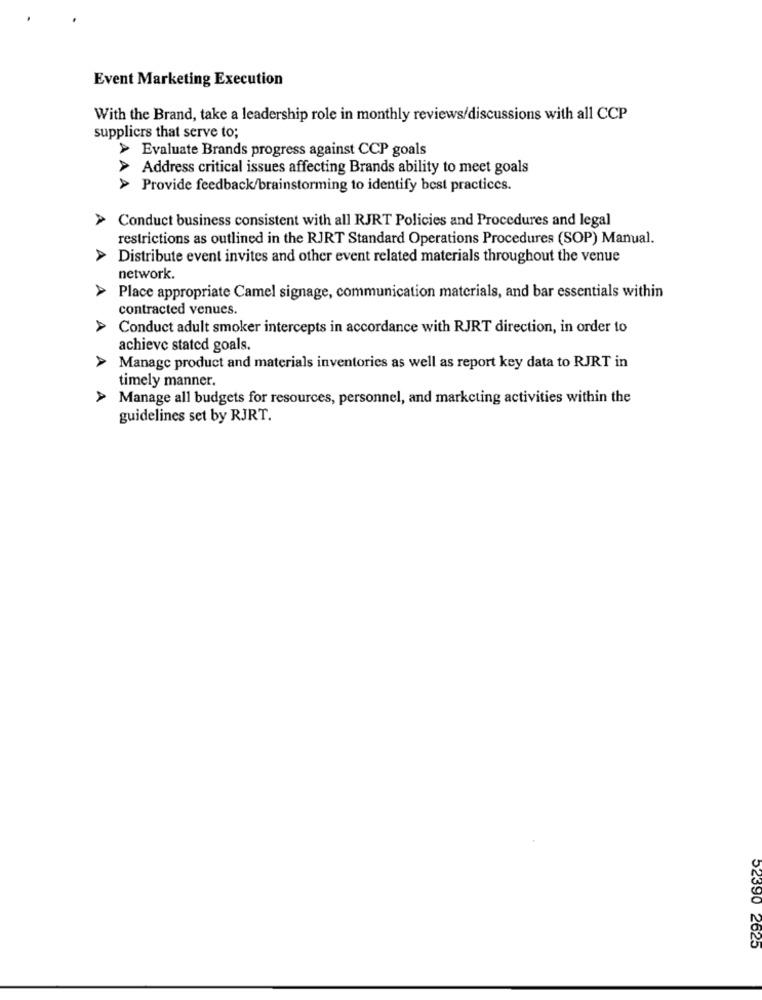
Event Marketing Execution
With the Brand, take a leadership role in monthly reviews/discussions with all CCP
suppliers that serve to;
> Evaluate Brands progress against CCP goals
> Address critical issues affecting Brands ability to meet goals
> Provide feedback/brainstorming to identify best practices.
Conduct business consistent with all RJRT Policies and Procedures and legal
restrictions as outlined in the RJRT Standard Operations Procedures (SOP) Manual.
Distribute event invites and other event related materials throughout the venue
network.
A
Place appropriate Camel signage, communication materials, and bar essentials within
contracted venues.
A
Conduct adult smoker intercepts in accordance with RJRT direction, in order to
achieve stated goals.
A
Manage product and materials inventories as well as report key data to RJRT in
timely manner.
Manage all budgets for resources, personnel, and marketing activities within the
guidelines set by RJRT.
52390 2625